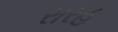
રારહ